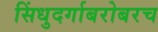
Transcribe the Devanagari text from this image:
सिंधुदर्गाबरोबरच